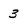
Character: 3